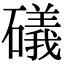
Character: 礒